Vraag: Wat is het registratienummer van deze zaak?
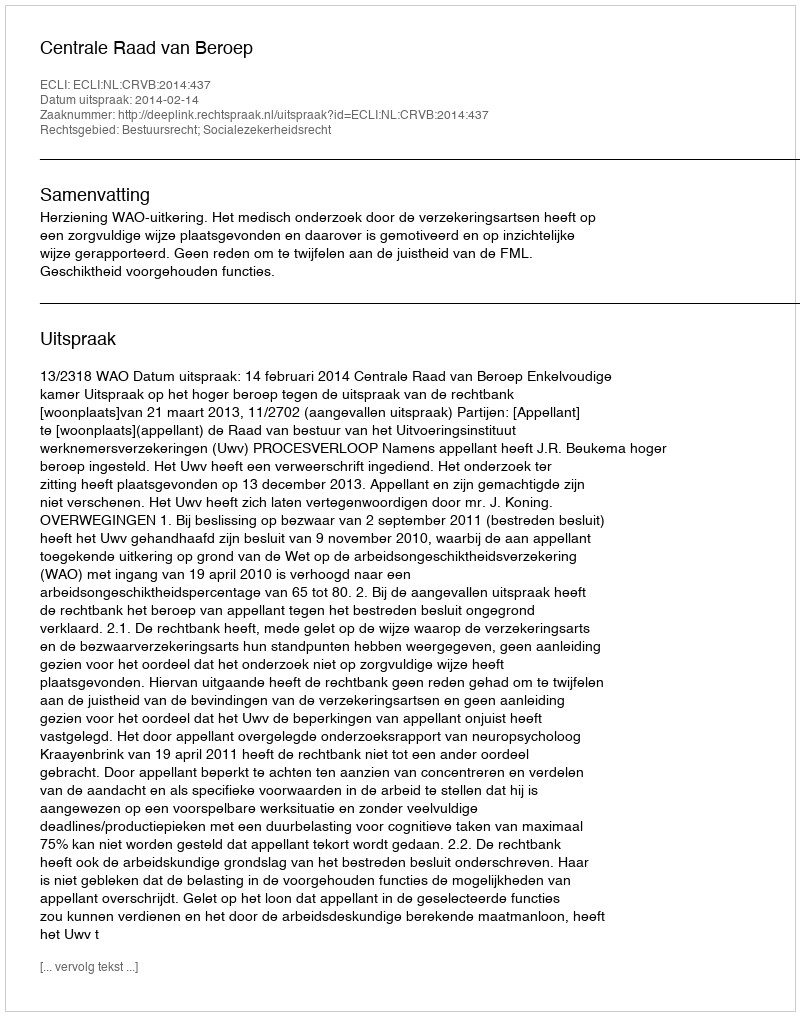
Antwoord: http://deeplink.rechtspraak.nl/uitspraak?id=ECLI:NL:CRVB:2014:437